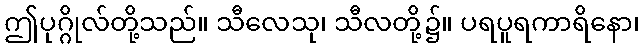
ဤပုဂ္ဂိုလ်တို့သည်။ သီလေသု၊ သီလတို့၌။ ပရပူရကာရိနော၊